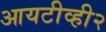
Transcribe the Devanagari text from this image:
आयटीव्ही२